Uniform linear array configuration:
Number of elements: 32
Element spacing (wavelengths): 1
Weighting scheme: binomial
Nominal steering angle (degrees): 30
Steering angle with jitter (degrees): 28.028
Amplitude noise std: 0.05
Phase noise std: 0.05

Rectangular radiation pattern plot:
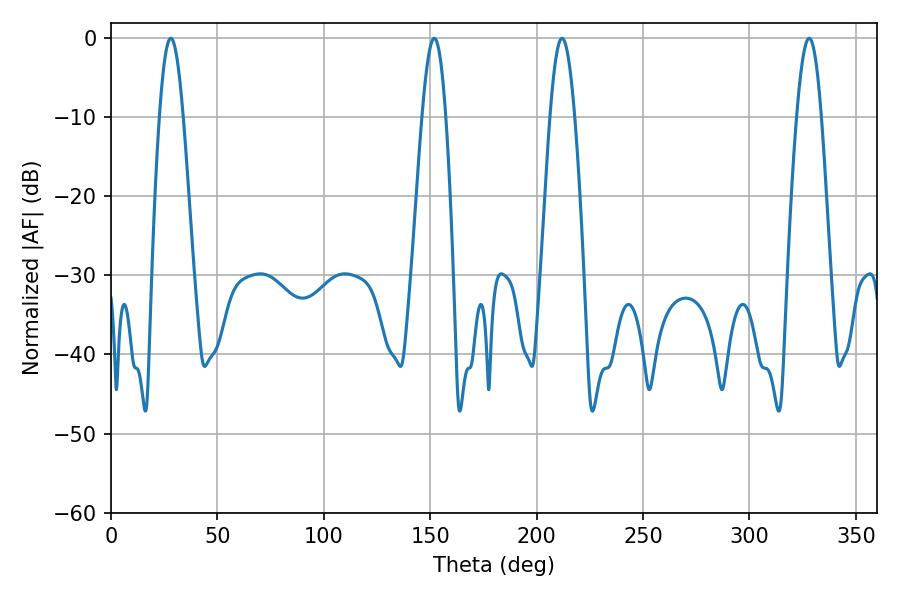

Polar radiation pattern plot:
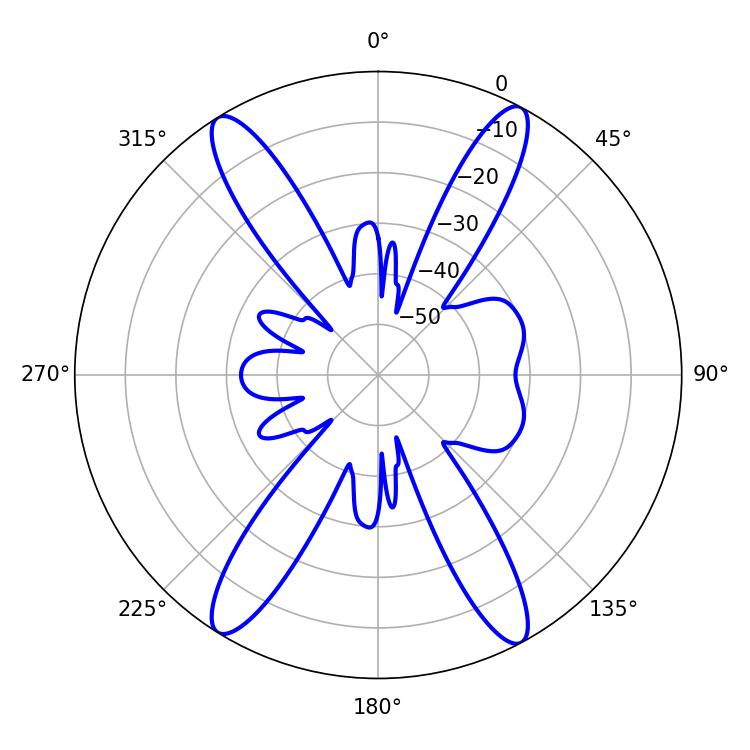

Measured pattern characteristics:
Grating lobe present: TRUE
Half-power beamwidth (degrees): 5.94
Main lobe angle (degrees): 28.08